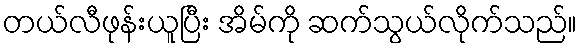
တယ်လီဖုန်းယူပြီး အိမ်ကို ဆက်သွယ်လိုက်သည်။